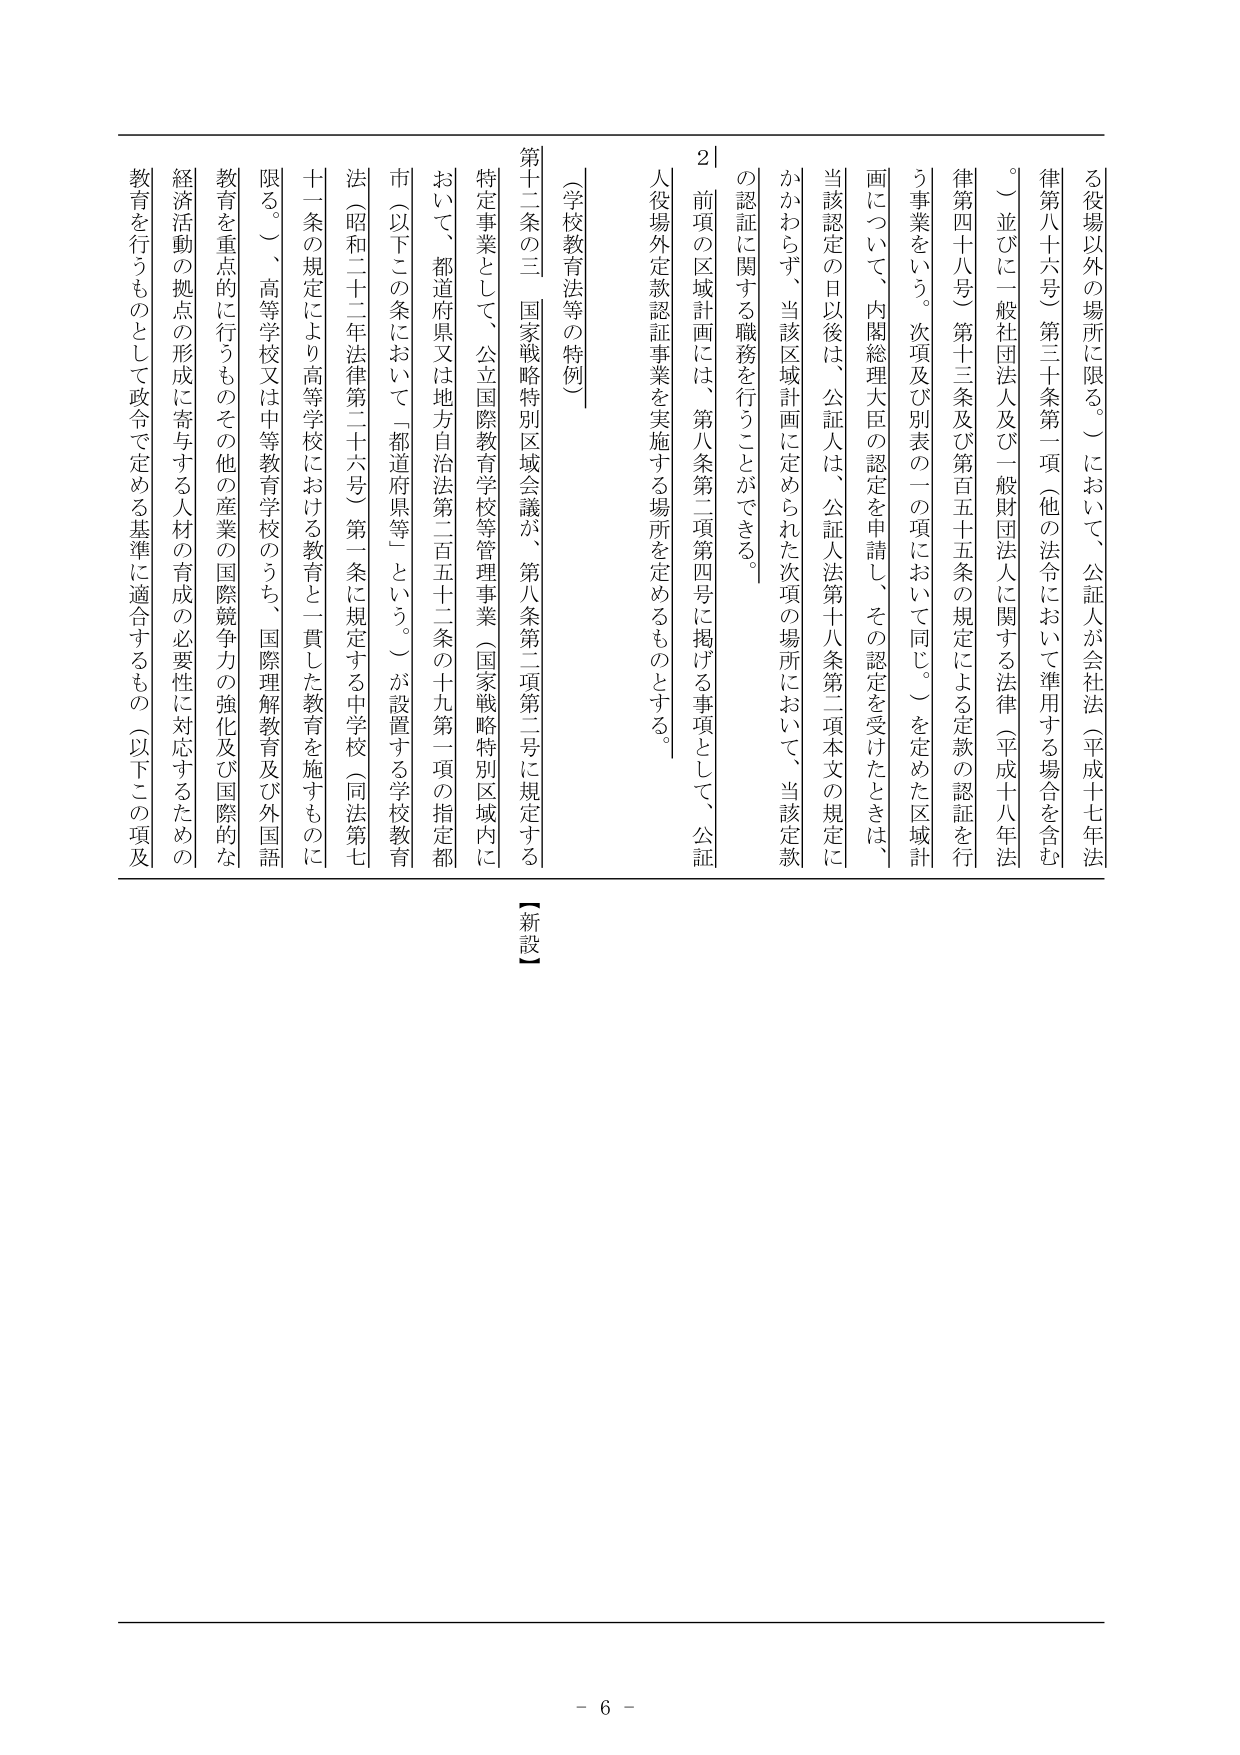
る役場以外の場所に限る。）において、公証人が会社法（平成十七年法律第八十六号）第三十条第一項（他の法令において準用する場合を含む。）並びに一般社団法人及び一般財団法人に関する法律（平成十八年法律第四十八号）第十三条及び第百五十五条の規定による定款の認証を行う事業をいう。次項及び別表の二の項において同じ。）を定めた区域計画について、内閣総理大臣の認定を申請し、その認定を受けたときは、当該認定の日以後は、公証人は、公証人法第十八条第二項本文の規定にかかわらず、当該区域計画に定められた次項の場所において、当該定款の認証に関する職務を行うことができる。

２ 前項の区域計画には、第八条第二項第四号に掲げる事項として、公証人役場外定款認証事業を実施する場所を定めるものとする。

（学校教育等の特例）

第十二条の三 国家戦略特別区域会議が、第八条第二項第二号に規定する特定事業として、公立国際教育学校等管理事業（国家戦略特別区域内において、都道府県又は地方自治法第二百五十二条の十九第一項の指定都市（以下この条において「都道府県等」という。）が設置する学校教育法（昭和二十二年法律第二十六号）第一条に規定する中学校（同法第七十一条の規定により高等学校における教育と一貫した教育を施すものに限る。）、高等学校又は中等教育学校のうち、国際理解教育及び外国語教育を重点的に行うものその他産業の国際競争力の強化及び国際的な経済活動の拠点の形成に寄与する人材の育成の必要性に対応するための教育を行うものとして政令で定める基準に適合するもの（以下この項及

【新設】

- 6 -